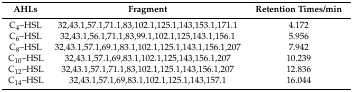
| AHLs | Fragment | Retention Times/min |
 | --- | --- | --- |
 | C4–HSL | 32,43.1,57.1,71.1,83,102.1,125.1,143,153.1,171.1 | 4.172 |
 | C6–HSL | 32,43.1,56.1,71.1,83,99.1,102.1,125,143.1,156.1 | 5.956 |
 | C8–HSL | 32,43.1,57.1,69.1,83.1,102.1,125.1,143.1,156.1,207 | 7.942 |
 | C10–HSL | 32,43.1,57.1,69,83.1,102.1,125,143,156.1,207 | 10.239 |
 | C12–HSL | 32,43.1,57.1,71.1,83,102.1,125.1,143,156.1,207 | 12.836 |
 | C14–HSL | 32,43.1,57.1,69,83.1,102.1,125.1,143,157.1 | 16.044 |